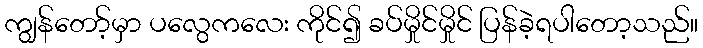
ကျွန်တော့်မှာ ပလွေကလေး ကိုင်၍ ခပ်မှိုင်မှိုင် ပြန်ခဲ့ရပါတော့သည်။